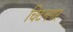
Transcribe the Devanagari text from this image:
चिटनगर